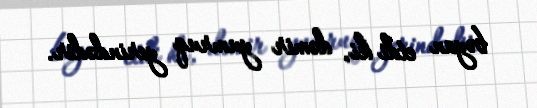
bəyan etdi ki, dəmir yumruq yerindədir.